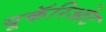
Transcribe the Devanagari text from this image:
यूकॅरिओट